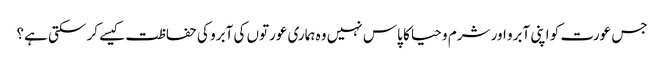
جس عورت کو اپنی آبرو اور شرم و حیا کا پاس نہیں وہ ہماری عورتوں کی آبرو کی حفاظت کیسے کر سکتی ہے؟